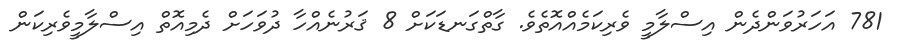
781 އަހަރުވަންދެން އިސްލާމީ ވެރިކަމެއްއޮތެވެ. ގާތްގަނޑަކަށް 8 ޤަރުނެއްހާ ދުވަހަށް ދެމިއޮތް އިސްލާމީވެރިކަން